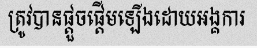
ត្រូវបានផ្តួចផ្តើមឡើងដោយអង្គការ